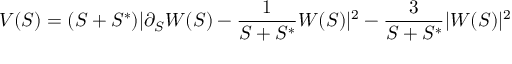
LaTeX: V ( S ) = ( S + S ^ { * } ) | \partial _ { S } W ( S ) - \frac { 1 } { S + S ^ { * } } W ( S ) | ^ { 2 } - \frac { 3 } { S + S ^ { * } } | W ( S ) | ^ { 2 }